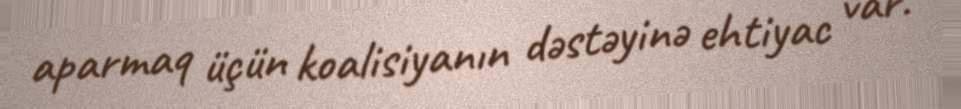
aparmaq üçün koalisiyanın dəstəyinə ehtiyac var.